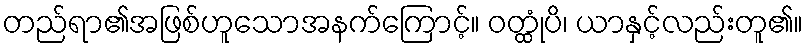
တည်ရာ၏အဖြစ်ဟူသောအနက်ကြောင့်။ ဝတ္ထုံပိ၊ ယာနှင့်လည်းတူ၏။